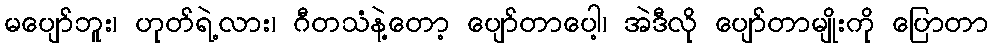
မပျော်ဘူး၊ ဟုတ်ရဲ့လား၊ ဂီတသံနဲ့တော့ ပျော်တာပေါ့၊ အဲဒီလို ပျော်တာမျိုးကို ပြောတာ